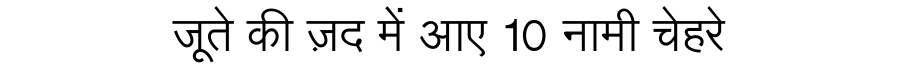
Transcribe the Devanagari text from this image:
जूते की ज़द में आए 10 नामी चेहरे